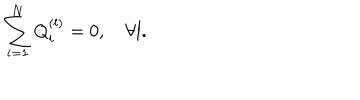
LaTeX: \sum _ { i = 1 } ^ { N } Q _ { i } ^ { ( l ) } = 0 , \quad \forall l .